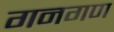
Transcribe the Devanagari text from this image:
गनगण